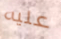
عليه